Document type: Sale
Year: 1226
Scribe: Ramon d'Om
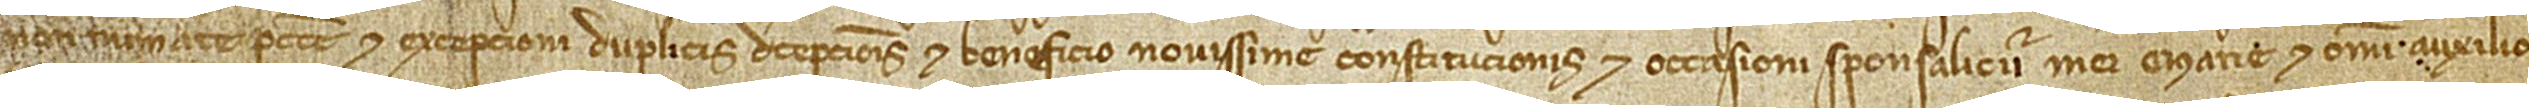
non numerate peccunie, et excepcioni duplici decepcionis, et benefficio novissime constitucionis, et occasioni sponsalicii mei Marie, et omni auxilio